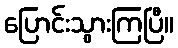
ပြောင်းသွားကြပြီ။